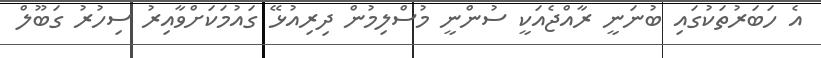
އެ ހަބަރުތަކުގައި ބުނަނީ ރާއްޖެއަކީ ސުންނީ މުސްލިމުން ދިރިއުޅޭ ގައުމަކަށްވާއިރު ސިހުރު ގަބޫލް